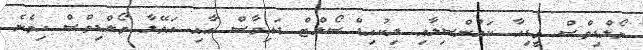
މޯލްޑިވްސް މީޑިއާ ކައުންސިލާއި ލިކުއިޑް ސޯލްޓް ޑައިވާސް އާއި އަވޭލާ މޯލްޑިވްސް ހިމެނެ